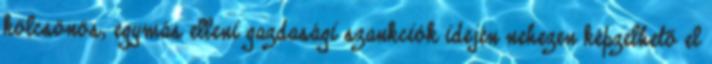
kölcsönös, egymás elleni gazdasági szankciók idején nehezen képzelhető el